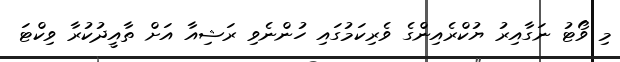
މި ވޯޓު ނަގާއިރު ޔުކްރެއިންގެ ވެރިކަމުގައި ހުންނެވި ރަޝިއާ އަށް ތާއީދުކުރާ ވިކްޓަ